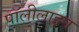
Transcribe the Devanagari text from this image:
पॉलीलाइन